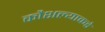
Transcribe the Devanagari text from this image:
कौशल्याकडे